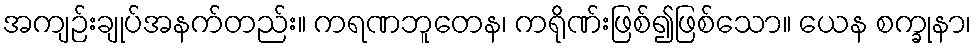
အကျဉ်းချုပ်အနက်တည်း။ ကရဏဘူတေန၊ ကရိုဏ်းဖြစ်၍ဖြစ်သော။ ယေန စက္ခုနာ၊